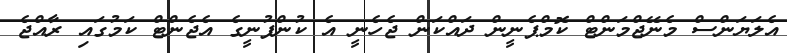
އެލަޔަންސް މެނޭޖްމަންޓް ކޮމްޕެނީން ދައްކަން ޖެހެނީ އެ ކުންފުނީގެ އެޖެންޓް ކަމުގައި ރާއްޖެ